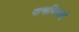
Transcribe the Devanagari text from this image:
पानापिल्लई